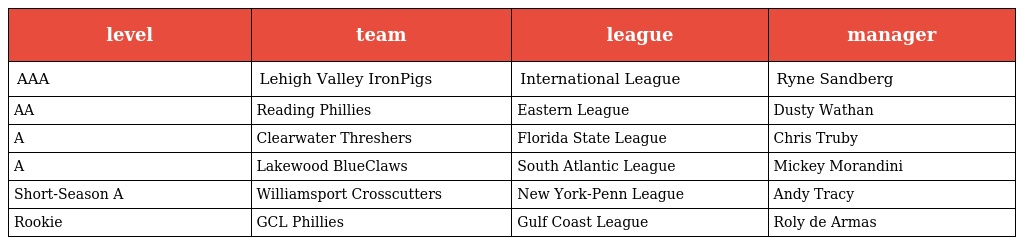
| level | team | league | manager |
 | --- | --- | --- | --- |
 | AAA | Lehigh Valley IronPigs | International League | Ryne Sandberg |
 | AA | Reading Phillies | Eastern League | Dusty Wathan |
 | A | Clearwater Threshers | Florida State League | Chris Truby |
 | A | Lakewood BlueClaws | South Atlantic League | Mickey Morandini |
 | Short-Season A | Williamsport Crosscutters | New York-Penn League | Andy Tracy |
 | Rookie | GCL Phillies | Gulf Coast League | Roly de Armas |